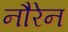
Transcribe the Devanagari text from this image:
नौरेन